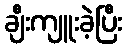
ချီးကျူးခဲ့ပြီး